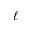
\ell